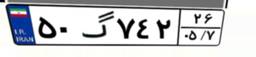
۵۰گ۷۴۲۲۶